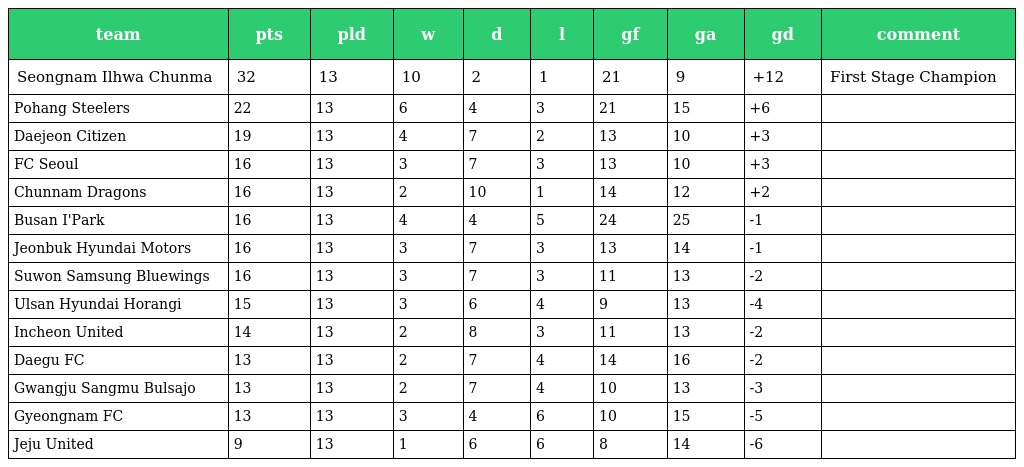
| team | pts | pld | w | d | l | gf | ga | gd | comment |
 | --- | --- | --- | --- | --- | --- | --- | --- | --- | --- |
 | Seongnam Ilhwa Chunma | 32 | 13 | 10 | 2 | 1 | 21 | 9 | +12 | First Stage Champion |
 | Pohang Steelers | 22 | 13 | 6 | 4 | 3 | 21 | 15 | +6 |  |
 | Daejeon Citizen | 19 | 13 | 4 | 7 | 2 | 13 | 10 | +3 |  |
 | FC Seoul | 16 | 13 | 3 | 7 | 3 | 13 | 10 | +3 |  |
 | Chunnam Dragons | 16 | 13 | 2 | 10 | 1 | 14 | 12 | +2 |  |
 | Busan I'Park | 16 | 13 | 4 | 4 | 5 | 24 | 25 | -1 |  |
 | Jeonbuk Hyundai Motors | 16 | 13 | 3 | 7 | 3 | 13 | 14 | -1 |  |
 | Suwon Samsung Bluewings | 16 | 13 | 3 | 7 | 3 | 11 | 13 | -2 |  |
 | Ulsan Hyundai Horangi | 15 | 13 | 3 | 6 | 4 | 9 | 13 | -4 |  |
 | Incheon United | 14 | 13 | 2 | 8 | 3 | 11 | 13 | -2 |  |
 | Daegu FC | 13 | 13 | 2 | 7 | 4 | 14 | 16 | -2 |  |
 | Gwangju Sangmu Bulsajo | 13 | 13 | 2 | 7 | 4 | 10 | 13 | -3 |  |
 | Gyeongnam FC | 13 | 13 | 3 | 4 | 6 | 10 | 15 | -5 |  |
 | Jeju United | 9 | 13 | 1 | 6 | 6 | 8 | 14 | -6 |  |